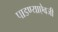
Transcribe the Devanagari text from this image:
पाडण्याऐवजी